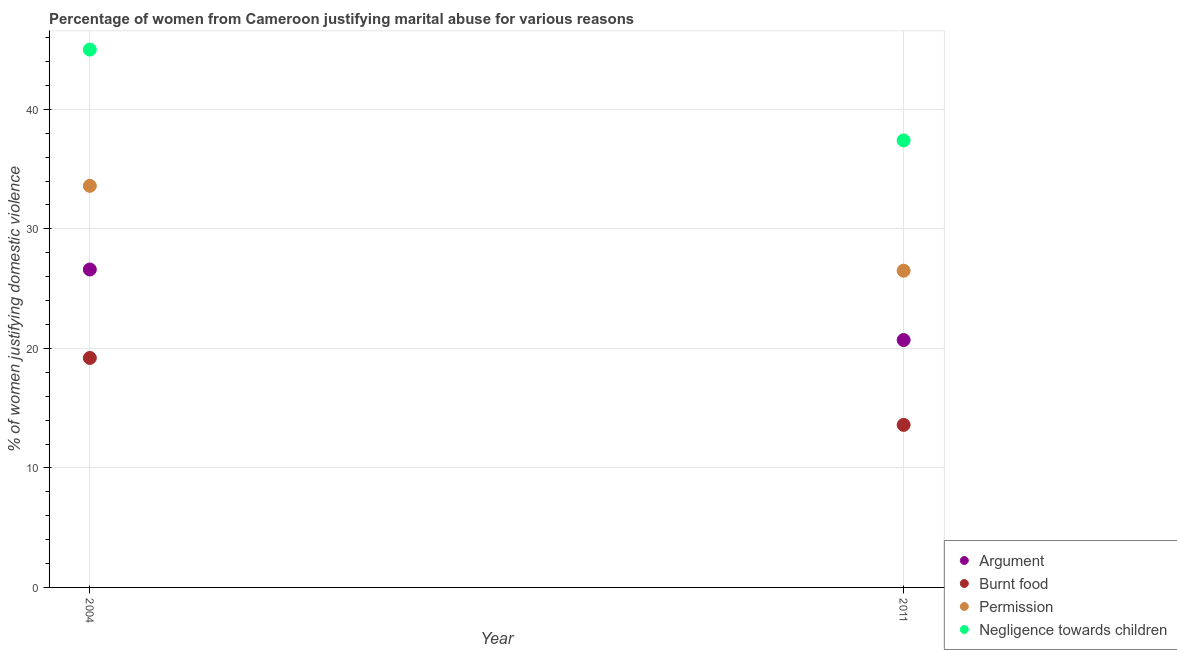
| Year | Argument | Burnt food | Permission | Negligence towards children |
 | --- | --- | --- | --- | --- |
 | 2004 | 26.6 | 19.2 | 33.6 | 45 |
 | 2011 | 20.7 | 13.6 | 26.5 | 37.4 |